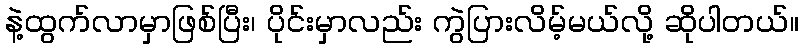
နဲ့ထွက်လာမှာဖြစ်ပြီး၊ ပိုင်းမှာလည်း ကွဲပြားလိမ့်မယ်လို့ ဆိုပါတယ်။